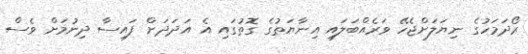
ރޯދަމަހުގެ ނިޔަލަށްޖެހޭ ވަރެއްބަލައި އިނާޔަތުގެ ގޮތުގައި އެ އަދަދަށް ފައިސާ ދިނުމަށް ވެސް